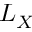
L _ { X }